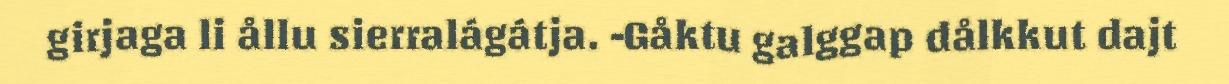
girjaga li ållu sierralágátja. -Gåktu galggap dålkkut dajt